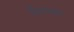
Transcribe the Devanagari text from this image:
नैनमल